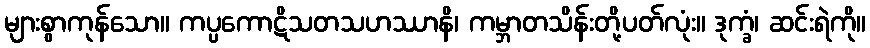
များစွာကုန်သော။ ကပ္ပကောဋိသတသဟဿာနိ၊ ကမ္ဘာတသိန်းတို့ပတ်လုံး။ ဒုက္ခံ၊ ဆင်းရဲကို။